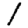
Digit: 1